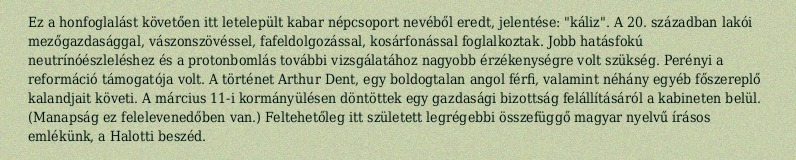
Ez a honfoglalást követően itt letelepült kabar népcsoport nevéből eredt, jelentése: "káliz". A 20. században lakói mezőgazdasággal, vászonszövéssel, fafeldolgozással, kosárfonással foglalkoztak. Jobb hatásfokú neutrínóészleléshez és a protonbomlás további vizsgálatához nagyobb érzékenységre volt szükség. Perényi a reformáció támogatója volt. A történet Arthur Dent, egy boldogtalan angol férfi, valamint néhány egyéb főszereplő kalandjait követi. A március 11-i kormányülésen döntöttek egy gazdasági bizottság felállításáról a kabineten belül. (Manapság ez felelevenedőben van.) Feltehetőleg itt született legrégebbi összefüggő magyar nyelvű írásos emlékünk, a Halotti beszéd.